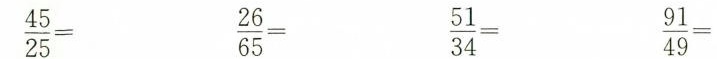
$$\frac { 4 5 } { 2 5 } = $$ $$\frac { 2 6 } { 6 5 } =$$ $$\frac { 5 1 } { 3 4 } =$$